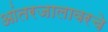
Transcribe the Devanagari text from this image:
आंतरजालावरचे